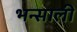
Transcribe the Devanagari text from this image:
भन्साली